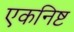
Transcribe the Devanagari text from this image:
एकनिष्ट